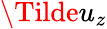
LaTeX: \Tilde{u_{z}}